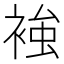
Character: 𧚴